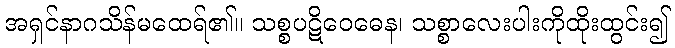
အရှင်နာဂသိန်မထေရ်၏။ သစ္စပဋိဝေဓေန၊ သစ္စာလေးပါးကိုထိုးထွင်း၍